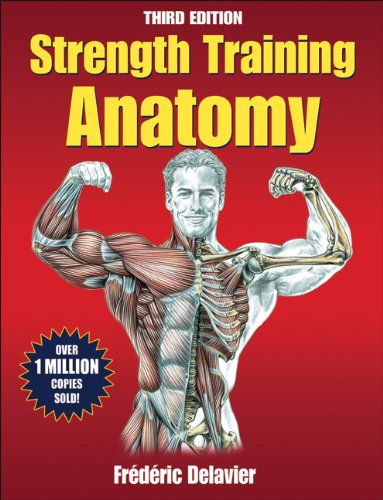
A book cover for Strength Training Anatomy, 3rd Edition; Frederic Delavier; Medical Books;